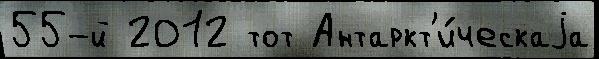
55-й 2012 тот Антаркт'и́ческаjа